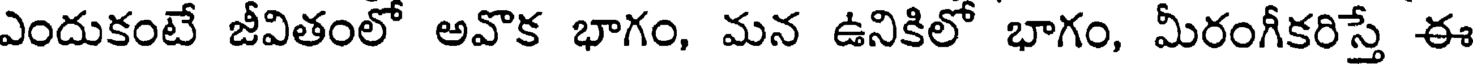
ఎందుకంటే జీవితంలో అవొక భాగం, మన ఉనికిలో భాగం, మీరంగీకరిస్తే ఈ